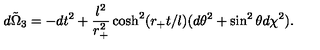
\tilde { d \Omega _ { 3 } } = - d t ^ { 2 } + \frac { l ^ { 2 } } { r _ { + } ^ { 2 } } \cosh ^ { 2 } ( r _ { + } t / l ) ( d \theta ^ { 2 } + \sin ^ { 2 } \theta d \chi ^ { 2 } ) .